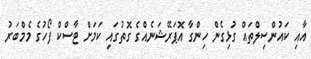
އާއި ކައުންސިލްތައް ގުޅިގެން ހިންގާ އޮޕަރޭޝަނެއްގެ ގޮތުގައި ކަމަށް ޓާސްކް ފޯހުގެ މެމްބަރު